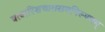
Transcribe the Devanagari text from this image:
चत्वारिंशच्छतरागनिरूपणम्‌